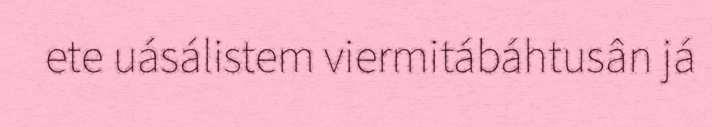
ete uásálistem viermitábáhtusân já